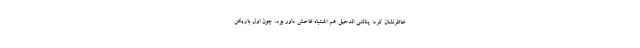
خاطرنشان کرد: پنالتی الدحیل هم اشتباه فاحش داور بود، چون اول بازیکن